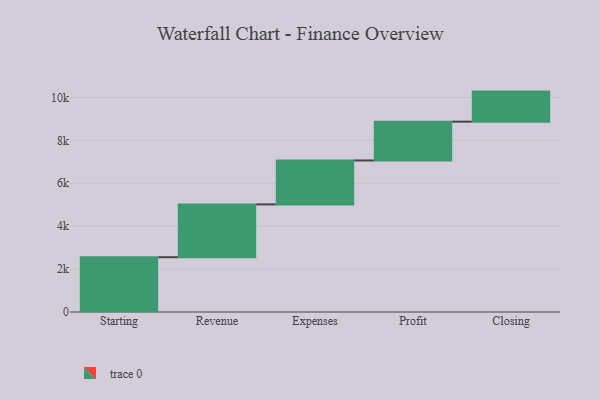
{"axis": {"x": "Step", "y": "Value"}, "legend": [""], "data": [{"x": "Starting", "y": 2553.0, "type": ""}, {"x": "Revenue", "y": 2462.0, "type": ""}, {"x": "Expenses", "y": 2046.0, "type": ""}, {"x": "Profit", "y": 1808.0, "type": ""}, {"x": "Closing", "y": 1401.0, "type": ""}]}